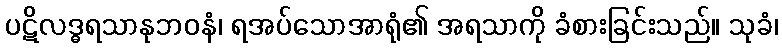
ပဋိလဒ္ဓရသာနုဘဝနံ၊ ရအပ်သောအာရုံ၏ အရသာကို ခံစားခြင်းသည်။ သုခံ၊